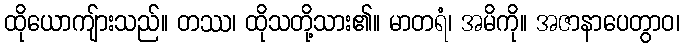
ထိုယောကျ်ားသည်။ တဿ၊ ထိုသတို့သား၏။ မာတရံ၊ အမိကို။ အဇာနာပေတွာဝ၊